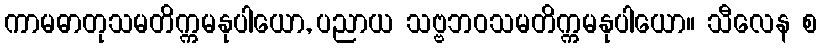
ကာမဓာတုသမတိက္ကမနုပါယော, ပညာယ သဗ္ဗဘဝသမတိက္ကမနုပါယော။ သီလေန စ